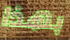
بهذا